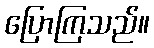
ပြောကြသည်။